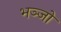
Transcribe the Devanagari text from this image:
भञ्जो